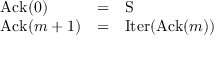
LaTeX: \begin{array} { l c l } { \operatorname { A c k } ( 0 ) } & { = } & { \operatorname { S } } \\ { \operatorname { A c k } ( m + 1 ) } & { = } & { \operatorname { I t e r } ( \operatorname { A c k } ( m ) ) } \end{array}